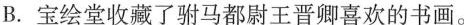
B.宝绘堂收藏了驸马都尉王晋卿喜欢的书画。